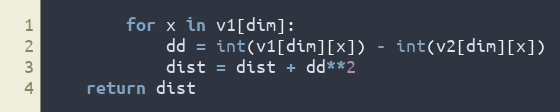
Language: Python
        for x in v1[dim]:
            dd = int(v1[dim][x]) - int(v2[dim][x])
            dist = dist + dd**2
    return dist